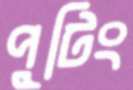
পুটিং